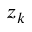
z _ { k }